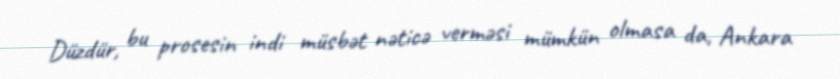
Düzdür, bu prosesin indi müsbət nəticə verməsi mümkün olmasa da, Ankara